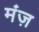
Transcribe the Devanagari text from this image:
मंज़